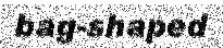
bag-shaped